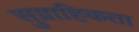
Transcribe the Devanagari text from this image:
सुग्राहिकता